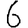
Digit: 6